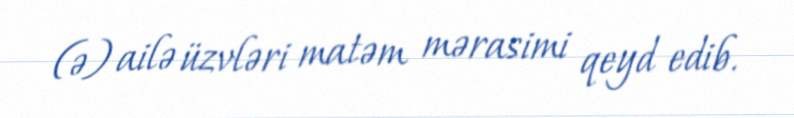
(ə) ailə üzvləri matəm mərasimi qeyd edib.